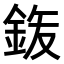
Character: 𮡴